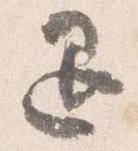
退